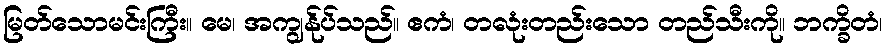
မြတ်သောမင်းကြီး။ မေ၊ အကျွန်ုပ်သည်။ ဧကံ၊ တလုံးတည်းသော တည်သီးကို။ ဘက္ခိတံ၊